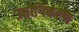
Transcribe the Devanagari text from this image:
उद्योगिकरण